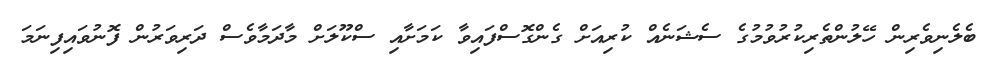
ބެލެނިވެރިން ހޭލުންތެރިކުރުވުމުގެ ސެޝަނެއް ކުރިއަށް ގެންގޮސްފައިވާ ކަމަށާއި ސްކޫލަށް މާދަމާވެސް ދަރިވަރުން ފޮނުވައިފިނަމަ